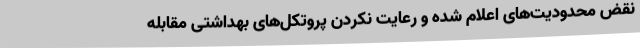
نقض محدودیت‌های اعلام شده و رعایت نکردن پروتکل‌های بهداشتی مقابله